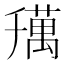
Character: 𦼌